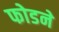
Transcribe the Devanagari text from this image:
फोडने